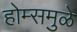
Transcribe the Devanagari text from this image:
होम्समुळे